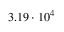
3 . 1 9 \cdot 1 0 ^ { 4 }